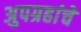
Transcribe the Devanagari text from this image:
अुपग्रहांचे